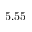
5 . 5 5